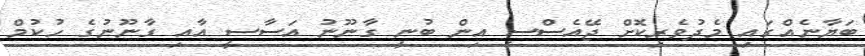
ބަޔާނެއްގައި މެދުވެރިކޮށް ޖޭއެސްސީ އިން ބުނީ ގާނޫނު އަސާސީ އާއި ގާނޫނުގެ ހުކުމް